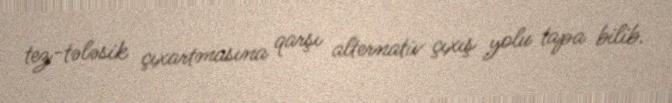
tez-tələsik çıxartmasına qarşı alternativ çıxış yolu tapa bilib.